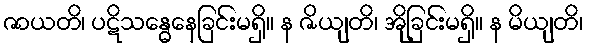
ဇာယတိ၊ ပဋိသန္ဓေနေခြင်းမရှိ။ န ဇိယျတိ၊ အိုခြင်းမရှိ။ န မိယျတိ၊